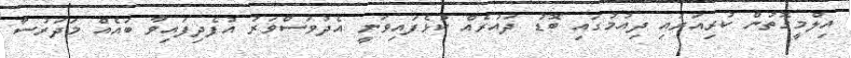
އިލްމީގޮތުން ކުރިއަރައި ދިއުމުގައި ބޮޑު ދައުރެއް ކުޅެފައިވަނީ އެދުވަސްވަރު އުފެދިފައިވާ ބައެއް މަދަރުސާ